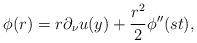
LaTeX: \begin{align*}\phi (r)=r\partial _\nu u(y)+\frac{r^2}{2}\phi ''(st),\end{align*}